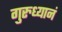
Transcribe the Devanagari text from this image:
गुरुध्यानं